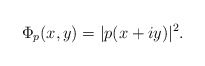
\begin{align*} \Phi_p(x,y)=\vert{p(x+iy)}\vert^2. \end{align*}